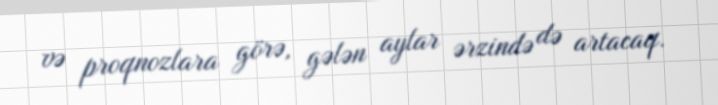
və proqnozlara görə, gələn aylar ərzində də artacaq.